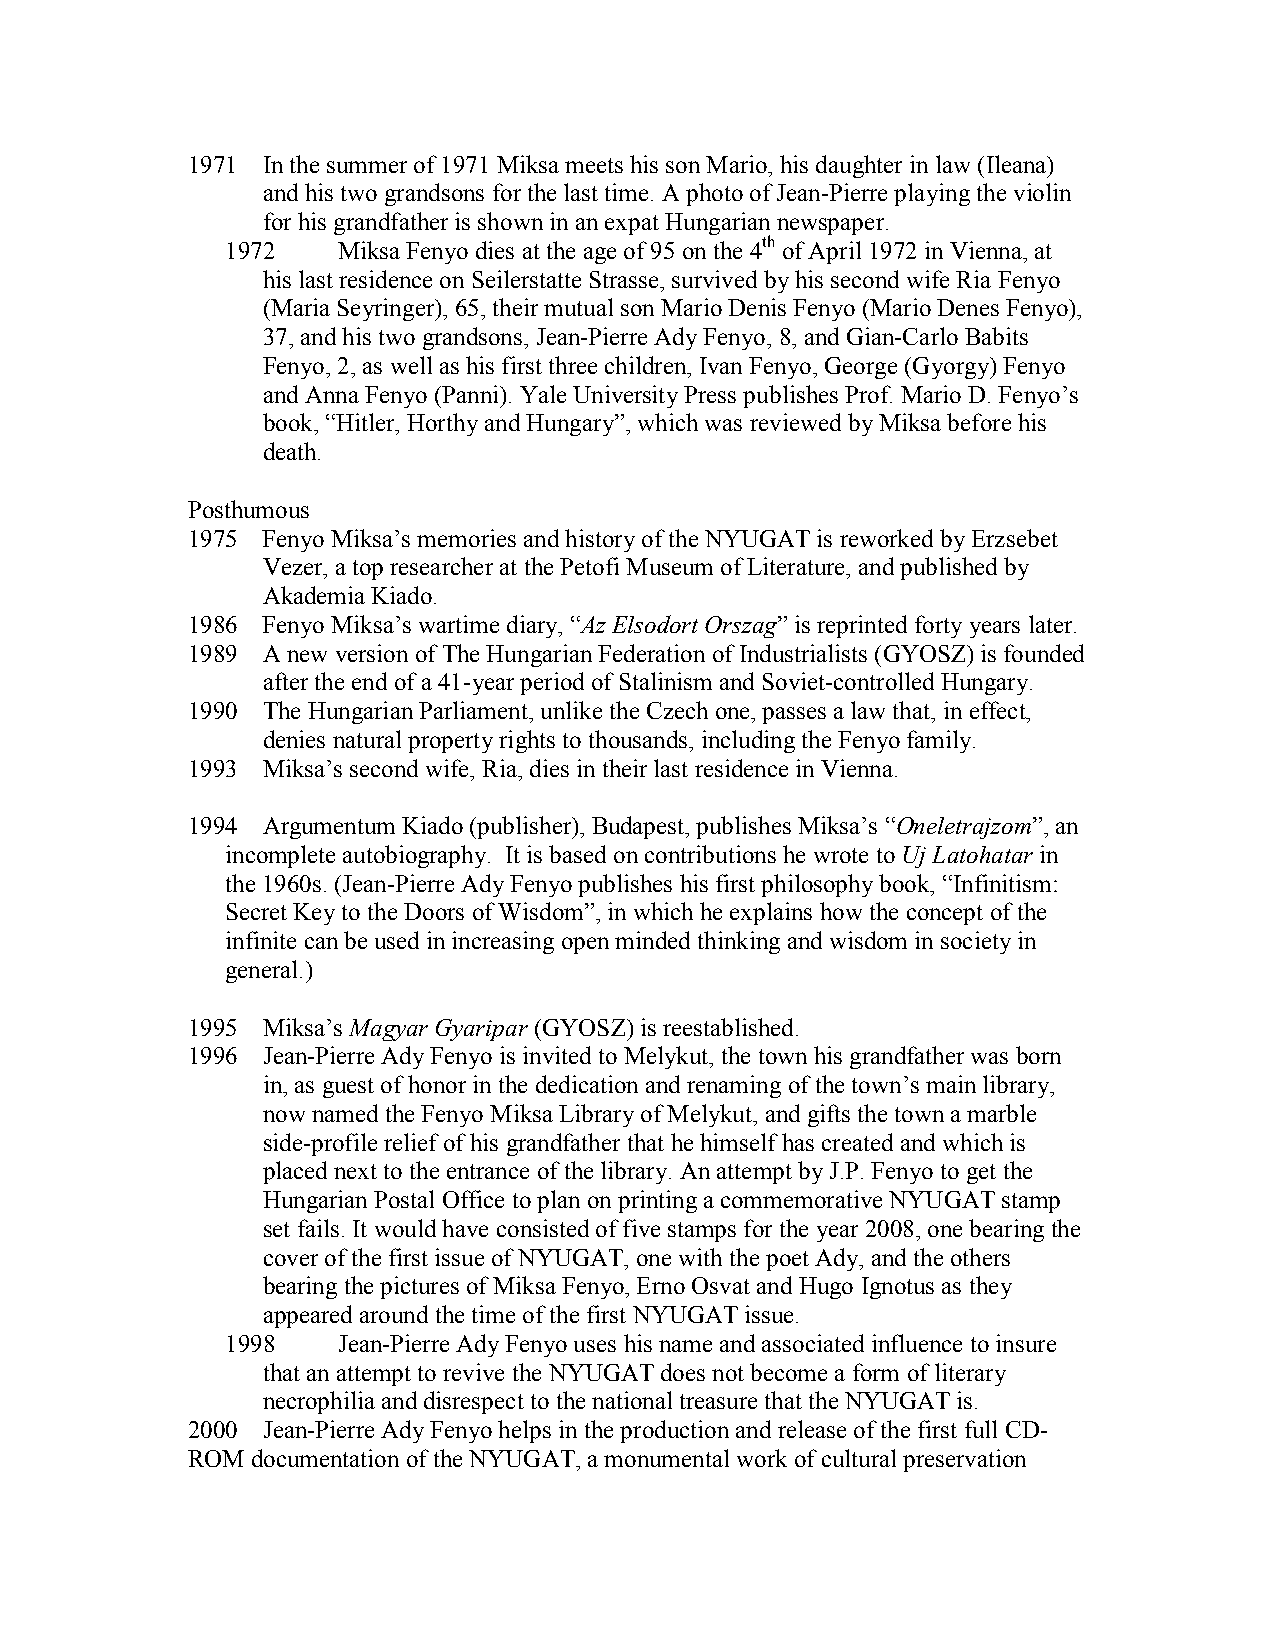
1971 In the summer of 1971 Miksa meets his son Mario, his daughter in law (Ileana)
 and his two grandsons for the last time. A photo of Jean-Pierre playing the violin
 for his grandfather is shown in an expat Hungarian newspaper.
 1972   Miksa Fenyo dies at the age of 95 on the 4th of April 1972 in Vienna, at
 his last residence on Seilerstatte Strasse, survived by his second wife Ria Fenyo
 (Maria Seyringer), 65, their mutual son Mario Denis Fenyo (Mario Denes Fenyo),
 37, and his two grandsons, Jean-Pierre Ady Fenyo, 8, and Gian-Carlo Babits
 Fenyo, 2, as well as his first three children, Ivan Fenyo, George (Gyorgy) Fenyo
 and Anna Fenyo (Panni). Yale University Press publishes Prof. Mario D. Fenyo’s
 book, “Hitler, Horthy and Hungary”, which was reviewed by Miksa before his
 death.
 Posthumous
 1975 Fenyo Miksa’s memories and history of the NYUGAT is reworked by Erzsebet
 Vezer, a top researcher at the Petofi Museum of Literature, and published by
 Akademia Kiado.
 1986 Fenyo Miksa’s wartime diary, “Az Elsodort Orszag” is reprinted forty years later.
 1989 A new version of The Hungarian Federation of Industrialists (GYOSZ) is founded
 after the end of a 41-year period of Stalinism and Soviet-controlled Hungary.
 1990 The Hungarian Parliament, unlike the Czech one, passes a law that, in effect,
 denies natural property rights to thousands, including the Fenyo family.
 1993 Miksa’s second wife, Ria, dies in their last residence in Vienna.
 1994 Argumentum Kiado (publisher), Budapest, publishes Miksa’s “Oneletrajzom”, an
 incomplete autobiography. It is based on contributions he wrote to Uj Latohatar in
 the 1960s. (Jean-Pierre Ady Fenyo publishes his first philosophy book, “Infinitism:
 Secret Key to the Doors of Wisdom”, in which he explains how the concept of the
 infinite can be used in increasing open minded thinking and wisdom in society in
 general.)
 1995 Miksa’s Magyar Gyaripar (GYOSZ) is reestablished.
 1996 Jean-Pierre Ady Fenyo is invited to Melykut, the town his grandfather was born
 in, as guest of honor in the dedication and renaming of the town’s main library,
 now named the Fenyo Miksa Library of Melykut, and gifts the town a marble
 side-profile relief of his grandfather that he himself has created and which is
 placed next to the entrance of the library. An attempt by J.P. Fenyo to get the
 Hungarian Postal Office to plan on printing a commemorative NYUGAT stamp
 set fails. It would have consisted of five stamps for the year 2008, one bearing the
 cover of the first issue of NYUGAT, one with the poet Ady, and the others
 bearing the pictures of Miksa Fenyo, Erno Osvat and Hugo Ignotus as they
 appeared around the time of the first NYUGAT issue.
 1998   Jean-Pierre Ady Fenyo uses his name and associated influence to insure
 that an attempt to revive the NYUGAT does not become a form of literary
 necrophilia and disrespect to the national treasure that the NYUGAT is.
 2000 Jean-Pierre Ady Fenyo helps in the production and release of the first full CD-
 ROM  documentation of the NYUGAT, a monumental work of cultural preservation